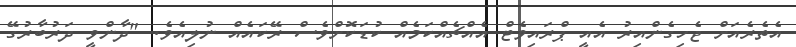
އެތެރެއަށް ޖެހިގެންއިރު އެއީ ޕްރައިވެޓް އެއްޗެއްކަމެއް ކުޑަކޮށްވެސް ރޭކައެއް ނުލިއެވެ. "ދާންވީ ދަރުބާރުގޭ